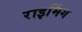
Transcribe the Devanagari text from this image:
राइमिंग